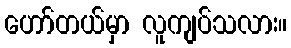
ဟော်တယ်မှာ လူကျပ်သလား။